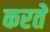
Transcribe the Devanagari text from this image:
करतेे